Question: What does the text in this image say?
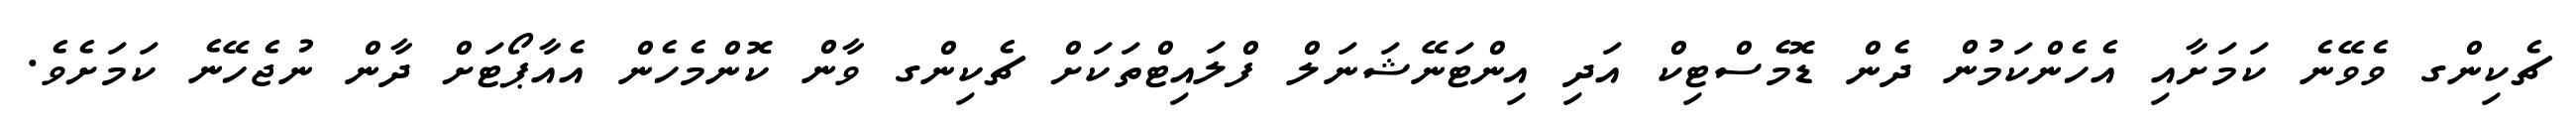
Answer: ޗެކިންގ ވެވޭނެ ކަމަށާއި އެހެންކަމުން ދެން ޑޮމެސްޓިކް އަދި އިންޓަނޭޝަނަލް ފްލައިޓްތަކަށް ޗެކިންގ ވާން ކޮންމެހެން އެއާޕޯޓަށް ދާން ނުޖެހޭނެ ކަމަށެވެ.